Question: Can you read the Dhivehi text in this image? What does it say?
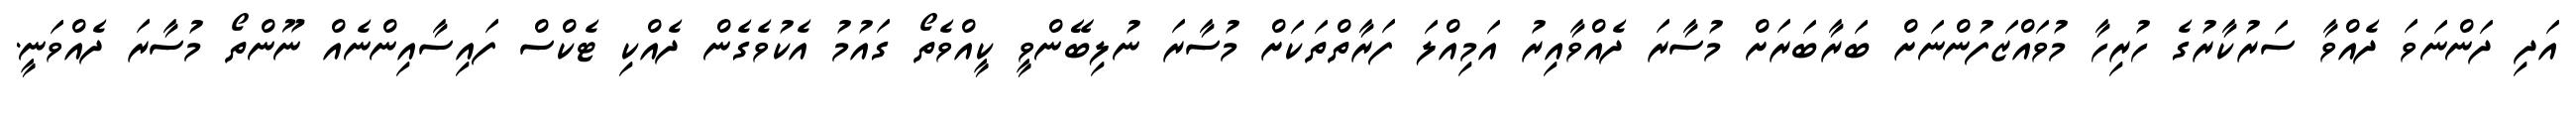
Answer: އަދި ދަންނަވަ ދެއްވާ ސަރުކާރުގެ ހުރިހާ މުވައްޒަފުންނަށް ބަރާބަރަށް މުސާރަ ދެއްވާއިރު އަމިއްލަ ފަރާތްތަކަށް މުސާރަ ނުލިބޭންވީ ކީއްވެތޯ ގައުމު އެކުވެގެން ދެއްކި ޓެކްސް ފައިސާއިންނެއް ނޫންތޯ މުސާރަ ދެއްވަނީ.